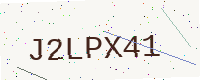
Text: J2LPX41